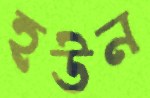
হউন